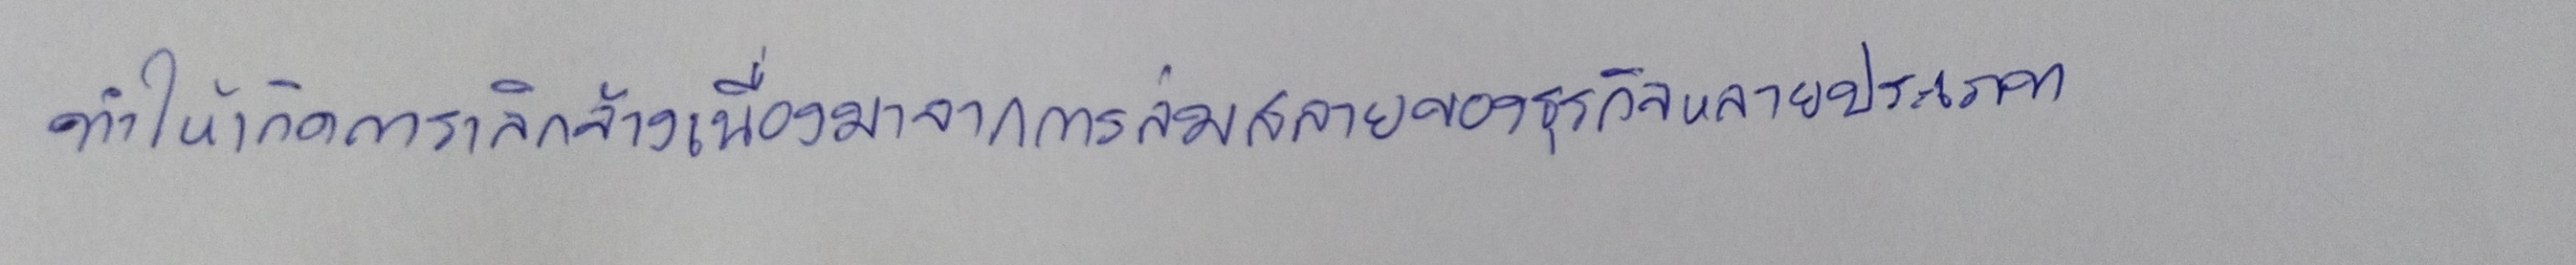
ทำให้เกิดการเลิกจ้างเนื่องมาจากการล่มสลายของธุรกิจหลายประเภท